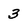
Character: 3